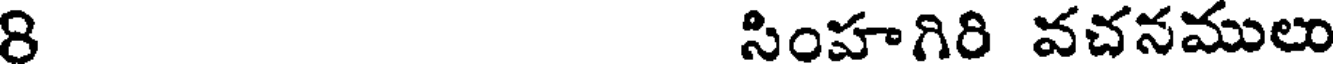
8 సింహగిరి వచనములు